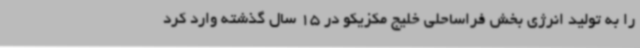
را به تولید انرژی بخش فراساحلی خلیج مکزیکو در 15 سال گذشته وارد کرد